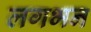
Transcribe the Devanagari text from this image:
लगभन